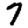
Digit: 7